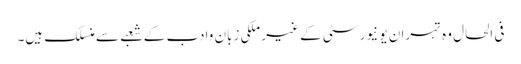
فی الحال وہ تہران یو نیورسٹی کے غیر ملکی زبان وادب کے شعبے سے منسلک ہیں۔